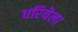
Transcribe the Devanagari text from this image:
धरियेला